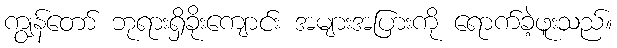
ကျွန်တော် ဘုရားရှိခိုးကျောင်း အများအပြားကို ရောက်ခဲ့ဖူးသည်။